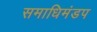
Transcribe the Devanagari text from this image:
समाधिमंडप